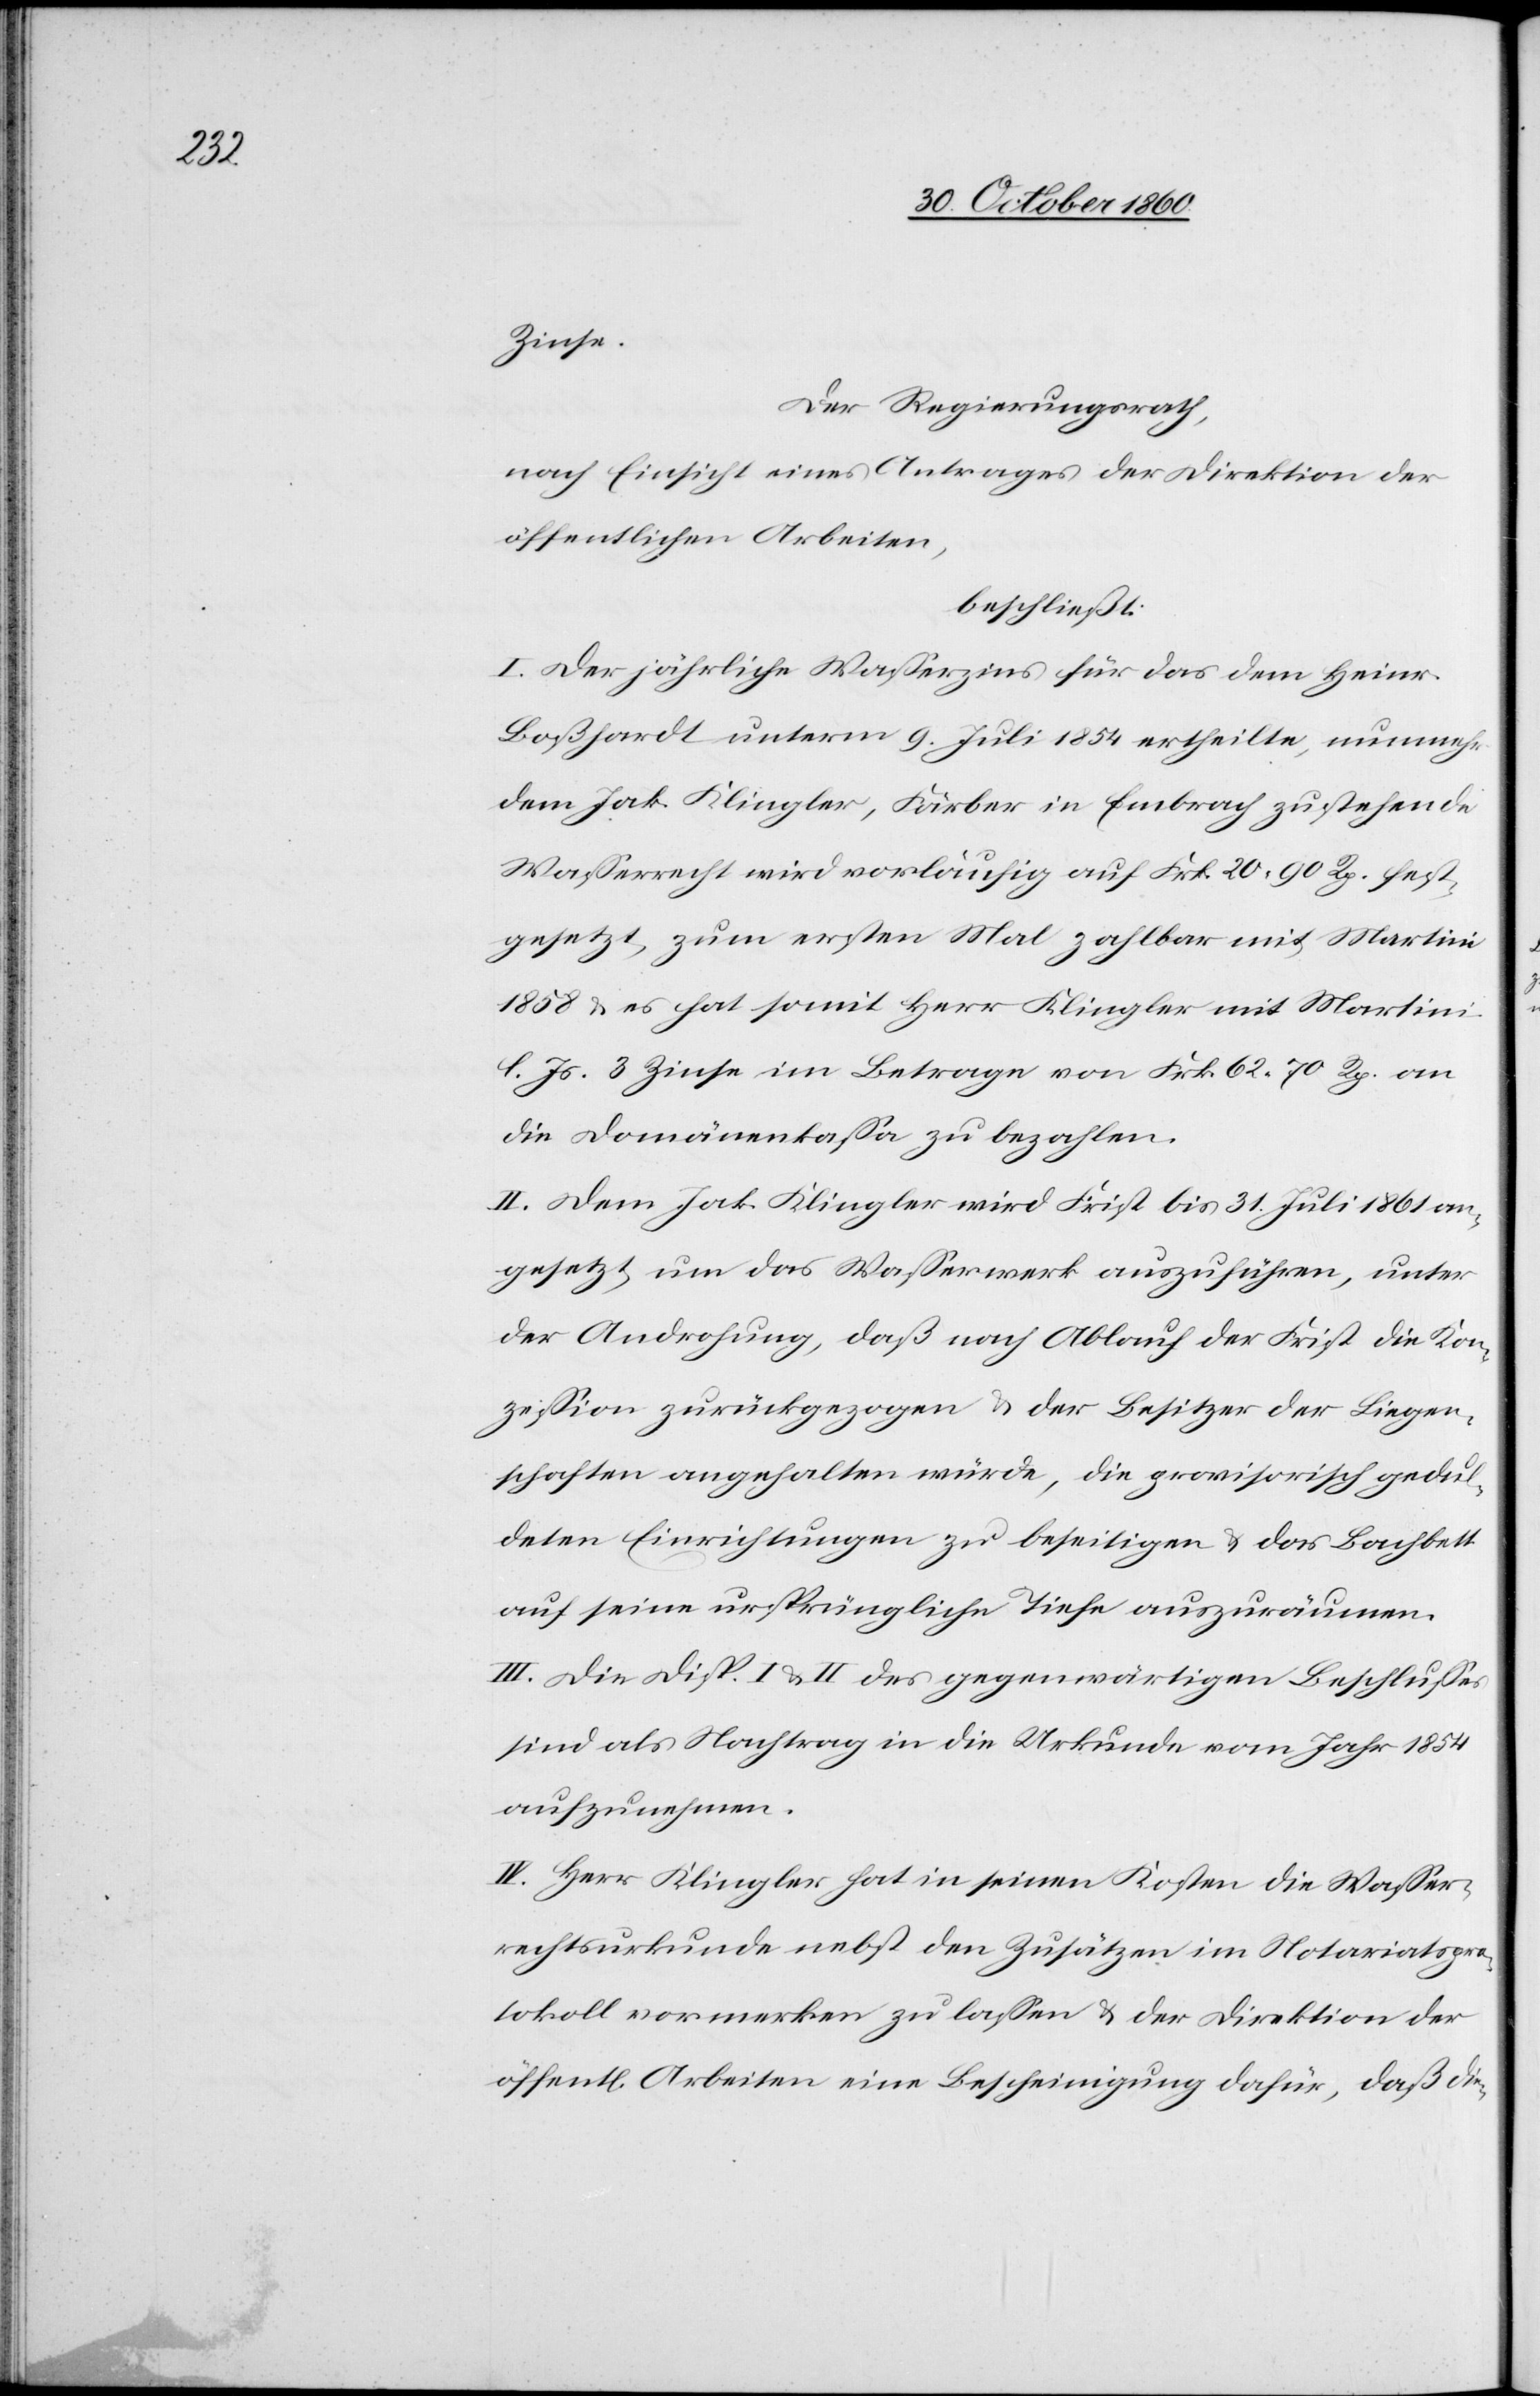
Zinse.
Der Regierungsrath,
nach Einsicht eines Antrages der Direktion der
öffentlichen Arbeiten,
beschließt:
I. Der jährliche Wasserzins für das dem Heinr.
Boßhardt unterm 9. Juli 1854 ertheilte, nunmehr
dem Jakb. Klingler, Färber in Embrach zustehende
Wasserrecht wird vorläufig auf Frk. 20 90 Rp. fest¬
gesetzt, zum ersten Mal zahlbar mit Martini
1858 u. es hat somit Herr Klingler mit Martini
l. Js. 3 Zinse im Betrage von Frk. 62 70 Rp. an
die Domänenkassa zu bezahlen.
II. Dem Jak. Klingler wird Frist bis 31. Juli 1861 an¬
gesetzt um das Wasserwerk auszuführen, unter
der Androhung, daß nach Ablauf der Frist die Kon¬
zession zurückgezogen u. der Besitzer der Liegen¬
schaften angehalten würde, die provisorisch gedul¬
deten Einrichtungen zu beseitigen u. das Bachbett
auf seine ursprüngliche Tiefe auszuräumen.
III. Die Disp. I u. II des gegenwärtigen Beschlusses
sind als Nachtrag in die Urkunde vom Jahr 1854
aufzunehmen.
IV. Herr Klingler hat in seinen Kosten die Wasser¬
rechtsurkunde nebst den Zusätzen im Notariatspro¬
tokoll vormerken zu lassen u. der Direktion der
öffentl. Arbeiten eine Bescheinigung dafür, daß die-